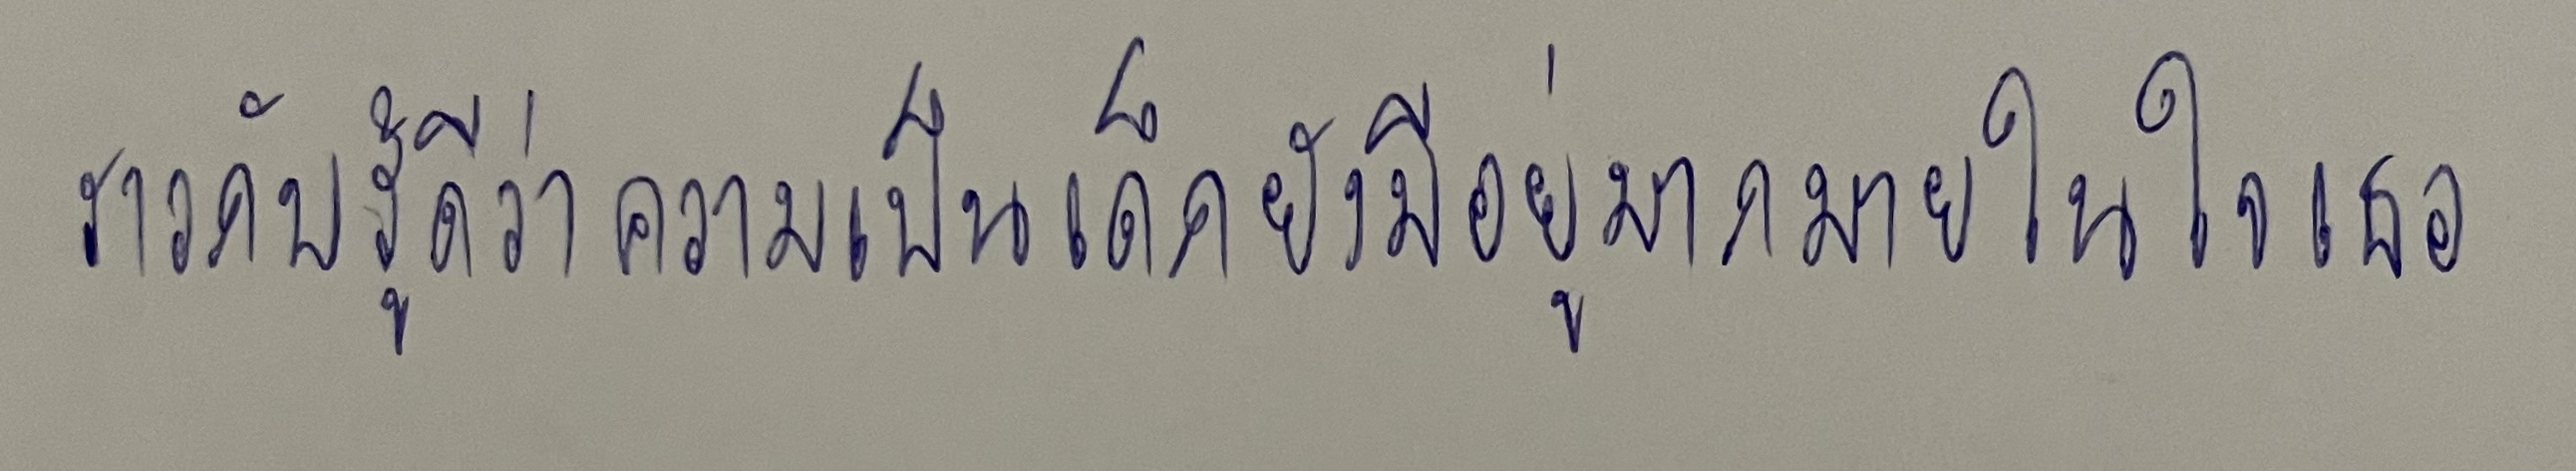
ราวกับรู้ดีว่าความเป็นเด็กยังมีอยู่มากมายในใจเธอ